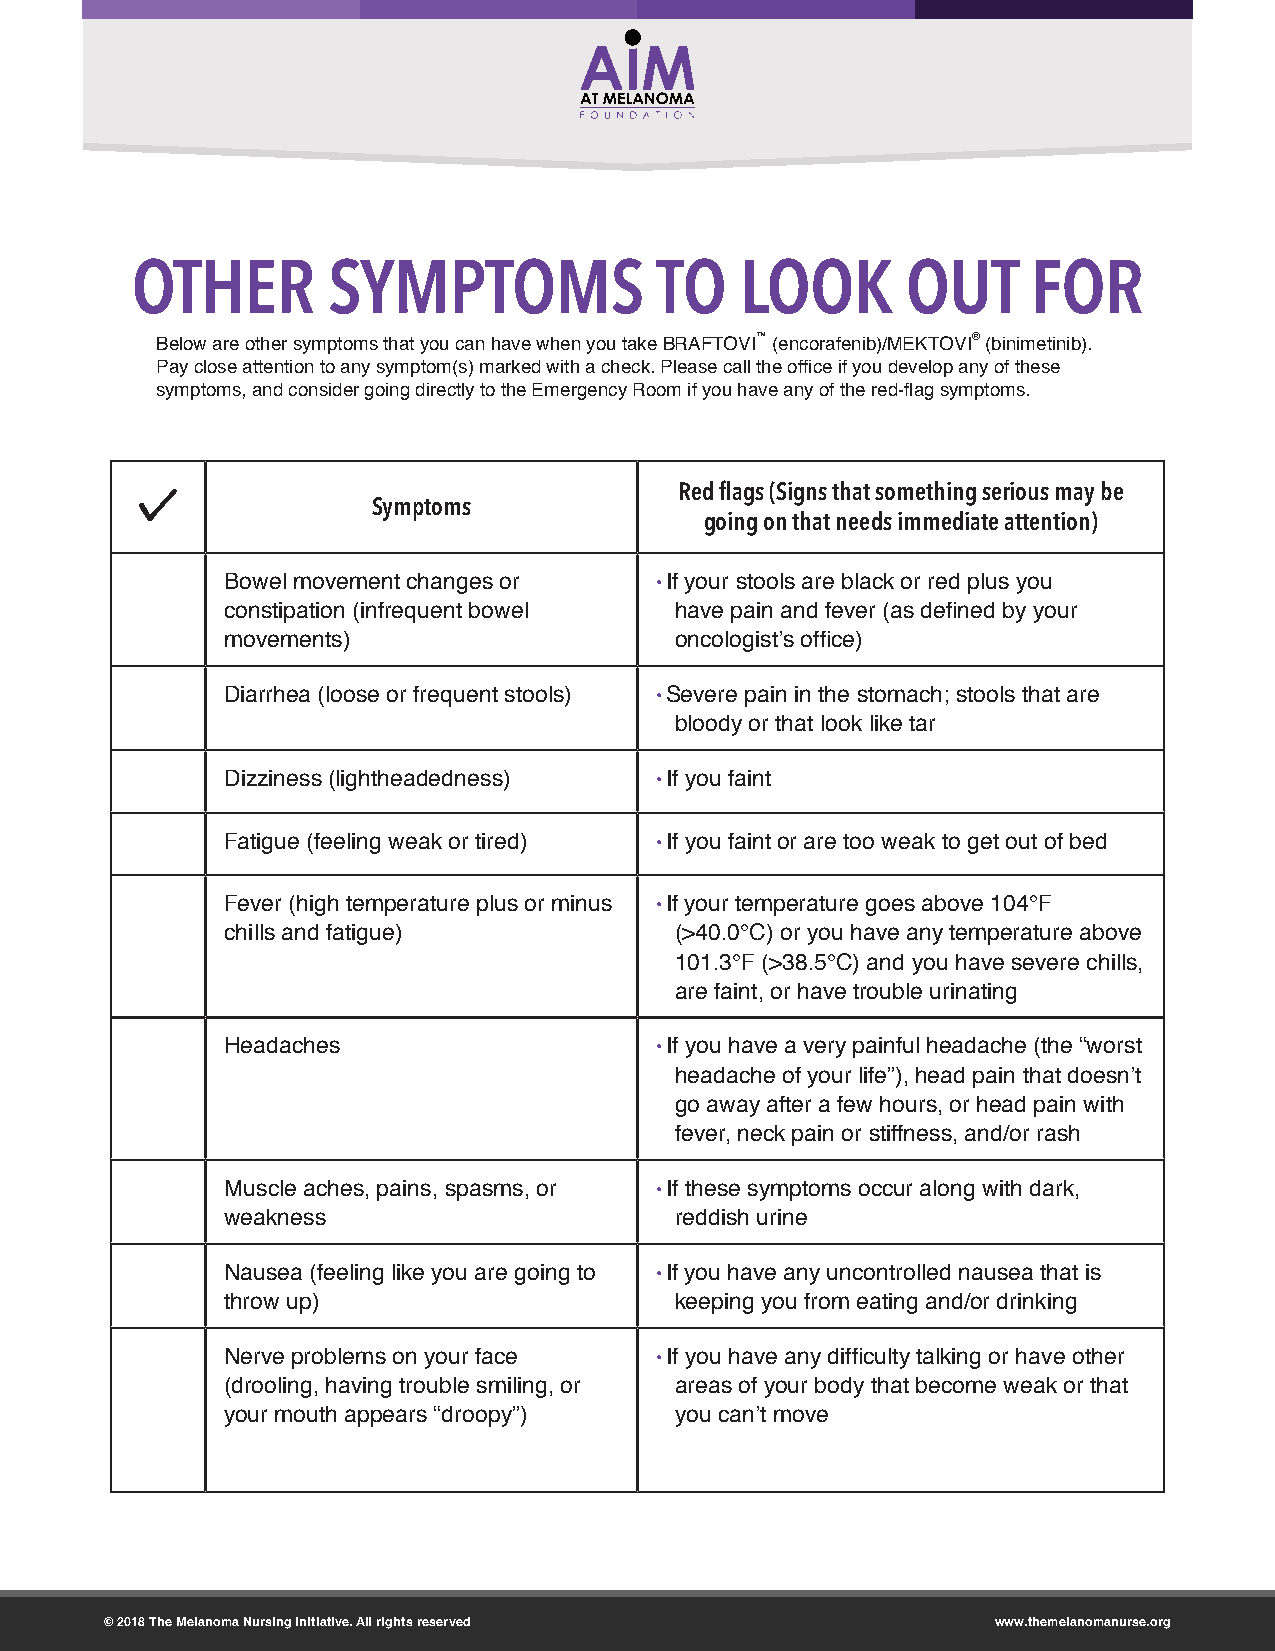
OTHER        SYMPTOMS             TO    LOOK       OUT     FOR
 ™             ®
 Below are other symptoms that you can have when you take BRAFTOVI (encorafenib)/MEKTOVI (binimetinib).
 Pay close attention to any symptom(s) marked with a check. Please call the office if you develop any of these
 symptoms, and consider going directly to the Emergency Room if you have any of the red-flag symptoms.
 Red flags (Signs that something serious may be
 Symptoms
 going on that needs immediate attention)
 Bowel movement changes or   • If your stools are black or red plus you
 constipation (infrequent bowel have pain and fever (as defined by your
 movements)                    oncologist’s office)
 Diarrhea (loose or frequent stools) • Severe pain in the stomach; stools that are
 bloody or that look like tar
 Dizziness (lightheadedness) • If you faint
 Fatigue (feeling weak or tired) • If you faint or are too weak to get out of bed
 Fever (high temperature plus or minus • If your temperature goes above 104°F
 chills and fatigue)           (>40.0°C) or you have any temperature above
 101.3°F (>38.5°C) and you have severe chills,
 are faint, or have trouble urinating
 Headaches                   • If you have a very painful headache (the “worst
 headache of your life”), head pain that doesn’t
 go away after a few hours, or head pain with
 fever, neck pain or stiffness, and/or rash
 Muscle aches, pains, spasms, or • If these symptoms occur along with dark,
 weakness                      reddish urine
 Nausea (feeling like you are going to • If you have any uncontrolled nausea that is
 throw up)                     keeping you from eating and/or drinking
 Nerve problems on your face • If you have any difficulty talking or have other
 (drooling, having trouble smiling, or areas of your body that become weak or that
 your mouth appears “droopy”)  you can’t move
 © 2018 The Melanoma Nursing Initiative. All rights reserved www.themelanomanurse.org